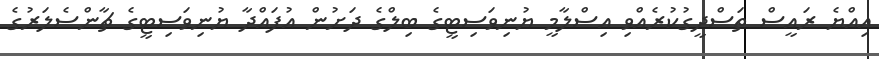
އިއްޔެ ރައީސް ތަސްދީގުކުރެއްވި އިސްލާމީ ޔުނިވަސިޓީގެ ބިލްގެ ދަށުން އުފައްދާ ޔުނިވަސިޓީގެ ޗާންސެލަރުގެ